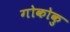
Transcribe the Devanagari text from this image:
गोकोकु